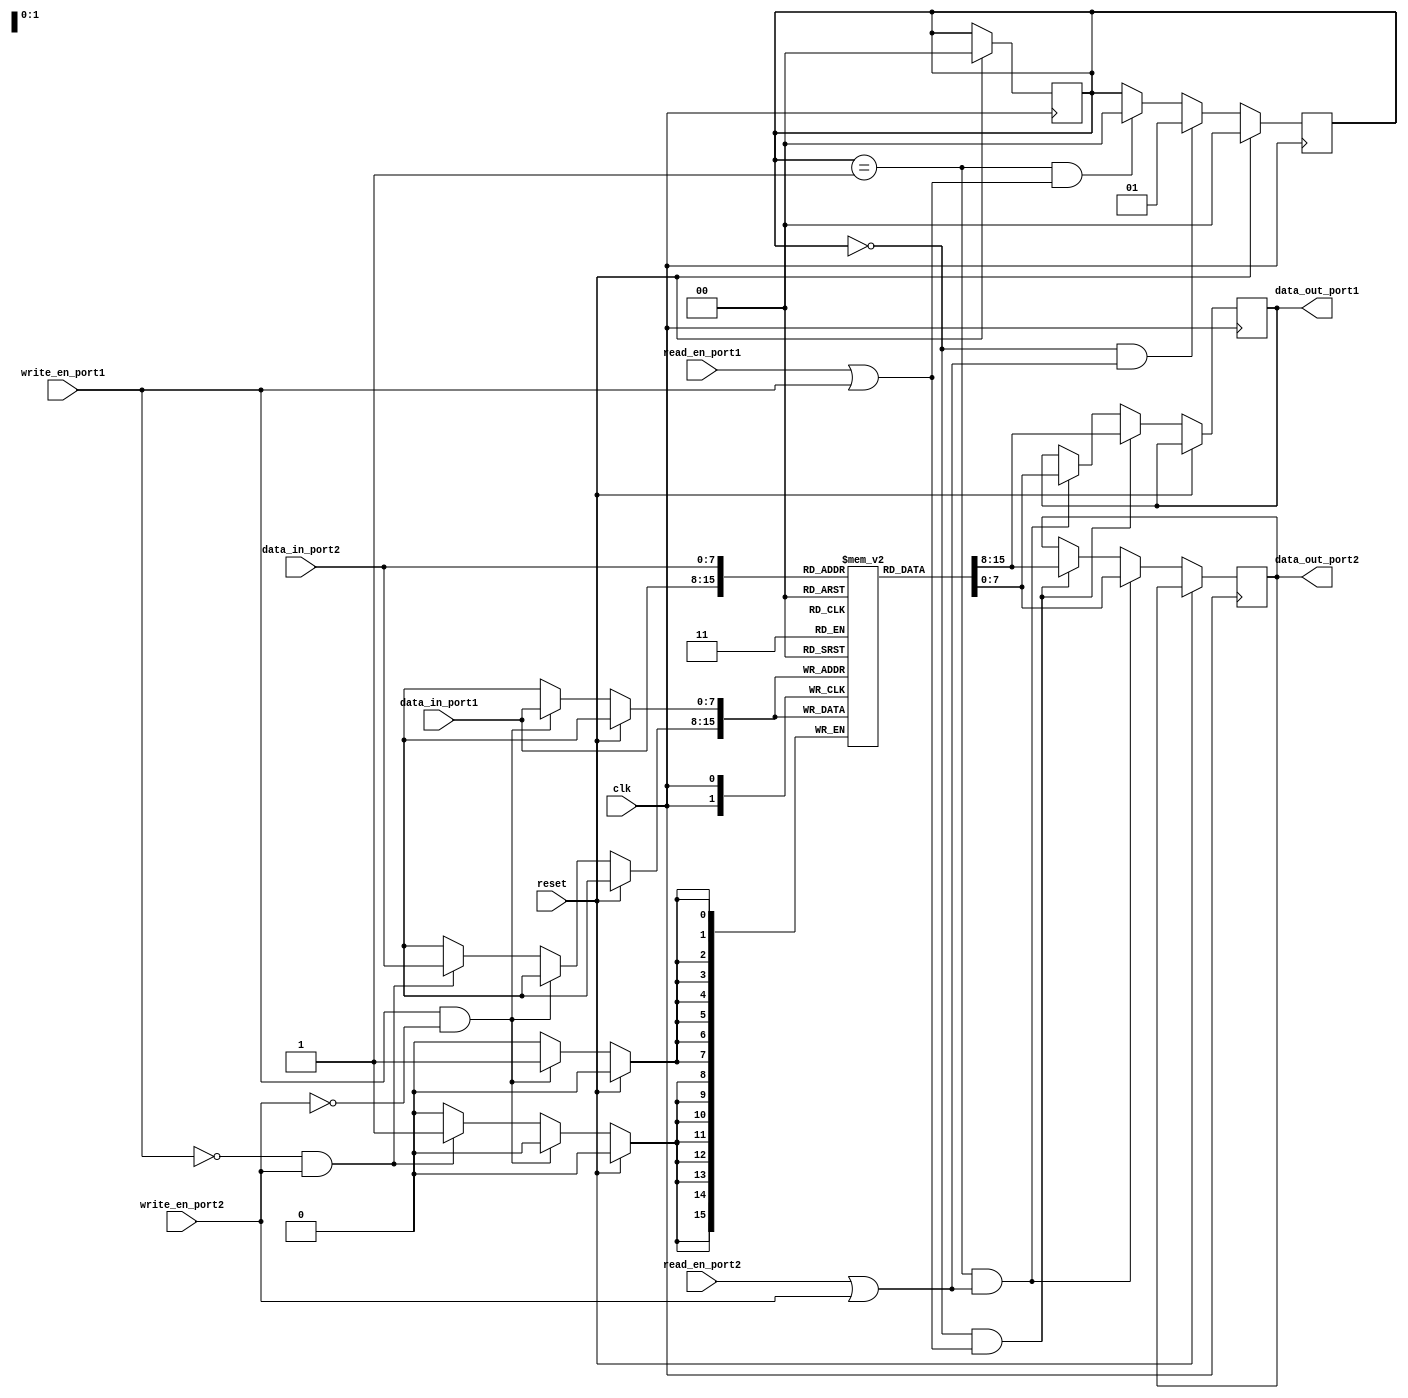
module dual_port_ram(
  input wire clk,
  input wire reset,
  input wire [7:0] data_in_port1,
  input wire [7:0] data_in_port2,
  input wire write_en_port1,
  input wire write_en_port2,
  input wire read_en_port1,
  input wire read_en_port2,
  output reg [7:0] data_out_port1,
  output reg [7:0] data_out_port2
);

reg [7:0] ram [0:255];
reg [7:0] data_out_reg1;
reg [7:0] data_out_reg2;
reg [1:0] arbiter;

always @(posedge clk) begin
  if (reset) begin
    arbiter <= 2'b00;
  end else begin
    if (write_en_port1 && !write_en_port2) begin
      ram[data_in_port1] <= data_in_port1;
    end else if (!write_en_port1 && write_en_port2) begin
      ram[data_in_port2] <= data_in_port2;
    end
  
    if (arbiter == 2'b00 && (read_en_port1 || write_en_port1)) begin
      data_out_reg1 <= ram[data_in_port1];
    end else if (arbiter == 2'b01 && (read_en_port2 || write_en_port2)) begin
      data_out_reg1 <= ram[data_in_port2];
    end
    
    if (arbiter == 2'b01 && (read_en_port2 || write_en_port2)) begin
      data_out_reg2 <= ram[data_in_port2];
    end else if (arbiter == 2'b00 && (read_en_port1 || write_en_port1)) begin
      data_out_reg2 <= ram[data_in_port1];
    end
  end
end

always @(posedge clk) begin
  if (reset) begin
    arbiter <= 2'b00;
  end else begin
    if (arbiter == 2'b00 && (read_en_port2 || write_en_port2)) begin
      arbiter <= 2'b01;
    end else if (arbiter == 2'b01 && (read_en_port1 || write_en_port1)) begin
      arbiter <= 2'b00;
    end
  end
end

assign data_out_port1 = data_out_reg1;
assign data_out_port2 = data_out_reg2;

endmodule